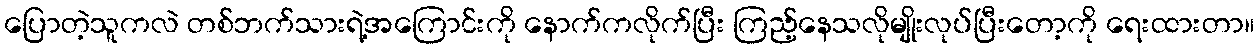
ပြောတဲ့သူကလဲ တစ်ဘက်သားရဲ့အကြောင်းကို နောက်ကလိုက်ပြီး ကြည့်နေသလိုမျိုးလုပ်ပြီးတော့ကို ရေးထားတာ။